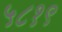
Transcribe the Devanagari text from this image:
५८१९